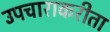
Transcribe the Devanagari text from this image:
उपचाराकरीता